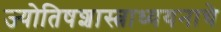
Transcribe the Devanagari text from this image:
ज्योतिषशास्त्राध्ययनाचे